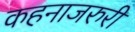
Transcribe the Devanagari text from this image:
कहनाजरुरी